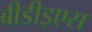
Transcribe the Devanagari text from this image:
बीडीइएस